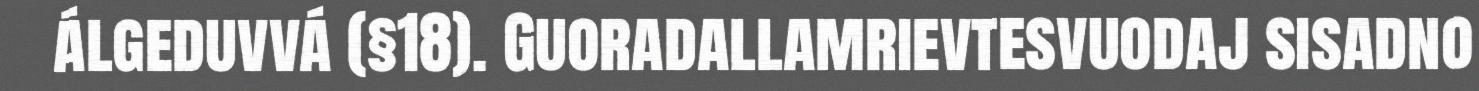
álgeduvvá (§18). Guoradallamrievtesvuodaj sisadno